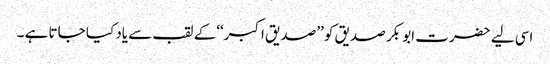
اسی لیے حضرت ابو بکر صدیق کو ’’صدیق اکبر‘‘کے لقب سے یاد کیا جاتا ہے ۔